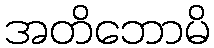
အတိဘောမိ